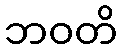
ဘဝတိ